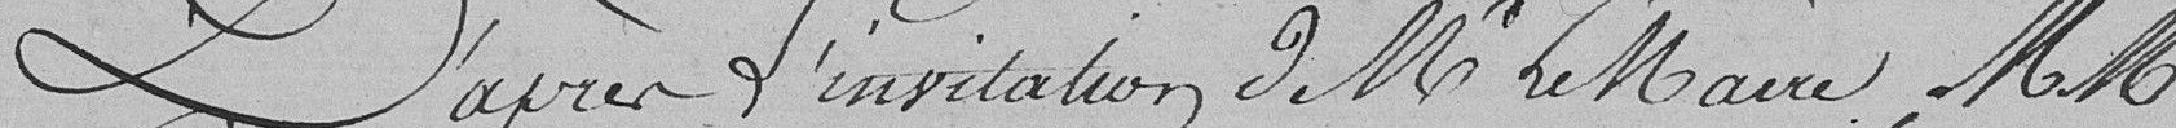
D'après l'invitation de M. le Maire, MM.